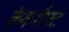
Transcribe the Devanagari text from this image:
क्रेंकशैफ्ट